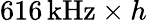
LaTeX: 616\, \mathrm{kHz}\times h